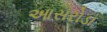
આસરોડા